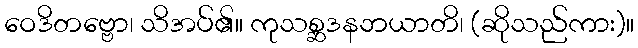
ဝေဒိတဗ္ဗော၊ သိအပ်၏။ ကုသစ္ဆဒနဘယာတိ၊ (ဆိုသည်ကား)။